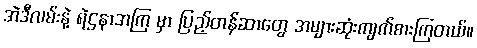
အဲဒီလမ်းနဲ့ ရဲဌနာအကြ မှာ ပြည့်တန်ဆာတွေ အများဆုံးကျက်စားကြတယ်။